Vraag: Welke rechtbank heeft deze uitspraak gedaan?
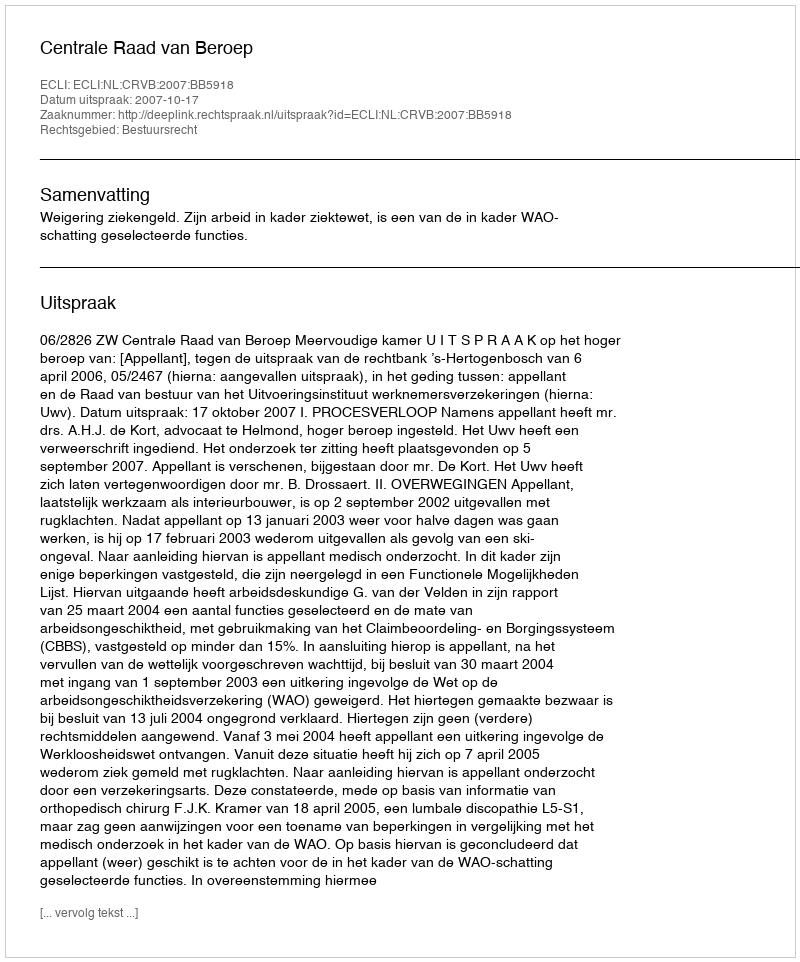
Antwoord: Centrale Raad van Beroep